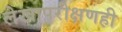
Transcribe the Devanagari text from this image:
लेखापरीक्षणही